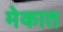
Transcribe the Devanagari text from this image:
मेकात